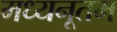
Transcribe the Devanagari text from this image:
मध्यनूतम